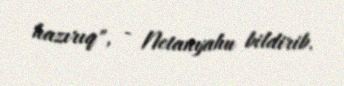
hazırıq", - Netanyahu bildirib.